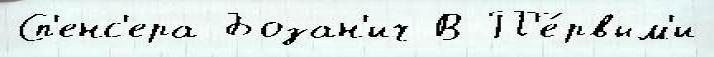
Сп'енс'ера Бозан'ич В П'е́рвым'и